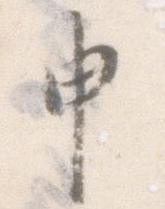
申